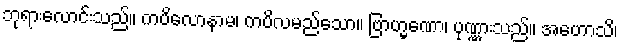
ဘုရားလောင်းသည်။ ကပိလောနာမ၊ ကပိလမည်သော။ ဗြာဟ္မဏော၊ ပုဏ္ဏားသည်။ အဟောသိ၊